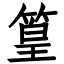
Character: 篁